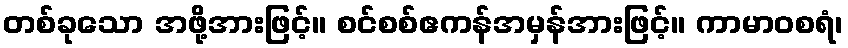
တစ်ခုသော အဖို့အားဖြင့်။ စင်စစ်ဧကန်အမှန်အားဖြင့်။ ကာမာဝစရံ၊